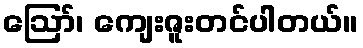
ဪ၊ ကျေးဇူးတင်ပါတယ်။